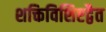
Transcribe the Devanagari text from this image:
शक्तिविशिष्टद्वैत